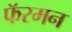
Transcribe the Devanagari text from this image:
फॅरमन